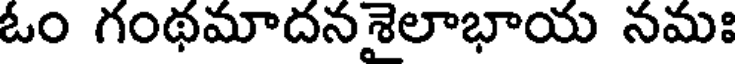
ఓం గంథమాదనశైలాభాయ నమః